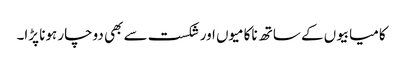
کامیابیوں کے ساتھ ناکامیوں اور شکست سے بھی دوچار ہونا پڑا۔